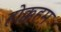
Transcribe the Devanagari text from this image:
होक्कहम